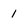
Character: 1